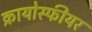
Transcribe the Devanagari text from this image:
क्रायोस्फीयर